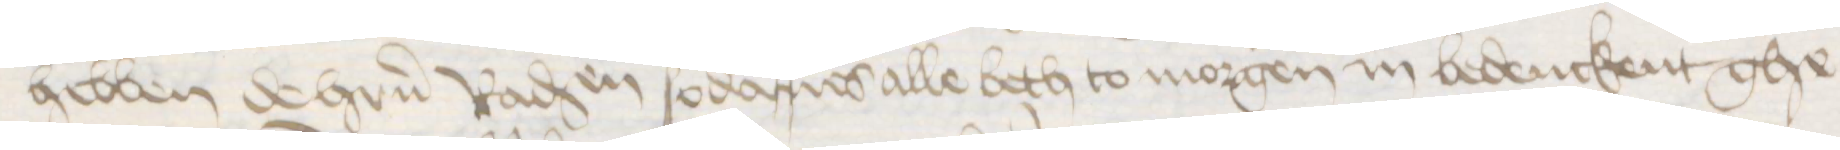
hebben de hrren Raden sodanes alle beth to morgen in bedenckent ghe¬